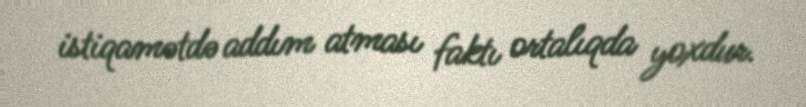
istiqamətdə addım atması faktı ortalıqda yoxdur.